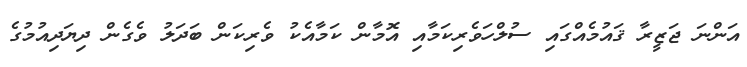
އަންނަ ޖަޒީރާ ޤައުމެއްގައި ސުލްހަވެރިކަމާއި އޮމާން ކަމާއެކު ވެރިކަން ބަދަލު ވެގެން ދިޔަދިއުމުގެ